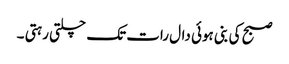
صبح کی بنی ہوئی دال رات تک چلتی رہتی ۔